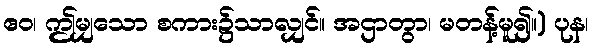
ဧဝ၊ ဤမျှသော စကား၌သာလျှင်။ အဌာတွာ၊ မတန့်မူ၍။) ပုန၊